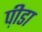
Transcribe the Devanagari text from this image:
प़ीडा